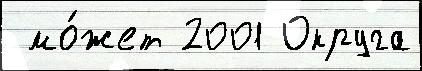
 мо́жет 2001 Округа